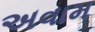
અવામ